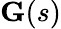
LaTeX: {\textbf{G}}(s)